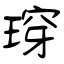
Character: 瑏